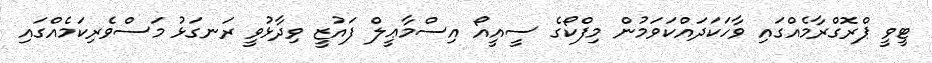
ޓީވީ ޕްރޮގްރާމެއްގައި ވާހަކަދައްކަވަމުން މިފްކޯގެ ސީއީއޯ އިސްމާޢީލް ފައުޒީ ވިދާޅުވީ ރަނގަޅު މަސްވެރިކަމެއްގައި